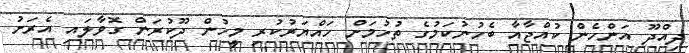
ދިއްދޫ އަންހެން ކުއްޖާއާ ބެހުނުކަމުގެ ތުހުމަށް ހައްޔަރުކުރި މީހުން ދޫކުރަން ގޮވާލައި އެރަށު